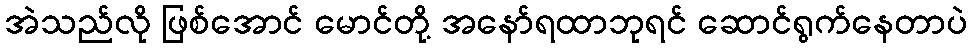
အဲသည်လို ဖြစ်အောင် မောင်တို့ အနော်ရထာဘုရင် ဆောင်ရွက်နေတာပဲ